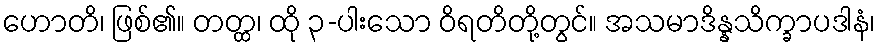
ဟောတိ၊ ဖြစ်၏။ တတ္ထ၊ ထို ၃-ပါးသော ဝိရတိတို့တွင်။ အသမာဒိန္နသိက္ခာပဒါနံ၊